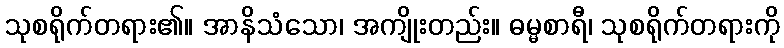
သုစရိုက်တရား၏။ အာနိသံသော၊ အကျိုးတည်း။ ဓမ္မစာရီ၊ သုစရိုက်တရားကို